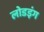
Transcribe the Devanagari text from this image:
लोडइंग